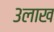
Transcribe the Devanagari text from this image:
३लाख